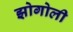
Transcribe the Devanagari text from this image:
झोगोली